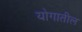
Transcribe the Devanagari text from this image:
योगातील